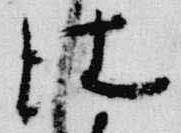
仕